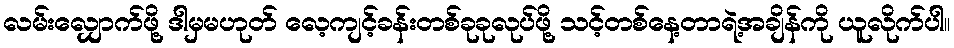
လမ်းလျှောက်ဖို့ ဒါမှမဟုတ် လေ့ကျင့်ခန်းတစ်ခုခုလုပ်ဖို့ သင့်တစ်နေ့တာရဲ့အချိန်ကို ယူလိုက်ပါ။